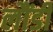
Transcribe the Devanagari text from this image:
लौंडी